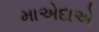
માએદાએ